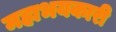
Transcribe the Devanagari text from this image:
महाभयकारी